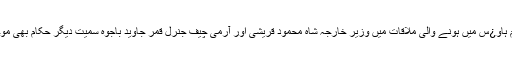
وزیراعظم ہاو¿س میں ہونے والی ملاقات میں وزیر خارجہ شاہ محمود قریشی اور آرمی چیف جنرل قمر جاوید باجوہ سمیت دیگر حکام بھی موجود تھے۔